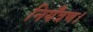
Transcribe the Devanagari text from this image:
नियँत्रण।